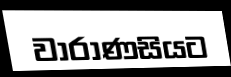
වාරාණසියට